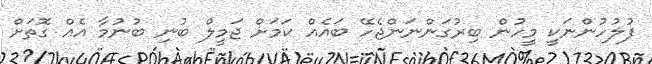
ފުލުހުންނަކީ މީހުން ބިރުގަންނަންޖެހޭ ބައެއް ކަމަށް ޖަމީލް ބުނި ބުނުމާ އެއް ގޮތަށް